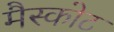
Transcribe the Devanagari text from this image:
मैस्कोट